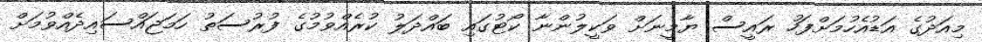
މިއަދުގެ އަޑުއެހުމަށްފަހު ރައީސް ޔާމީނަށް ވަކީލުންނާ ކޯޓުގައި ބައްދަލު ކުރެއްވުމުގެ ފުރުސަތު ހަމަޖައްސައިދެއްވުމަށް